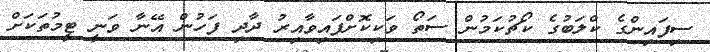
ސިފައިންގެ ކްލަބުގެ ކޯޗުކަމުން ސަތޯ ވަކިކޮށްފައިވާއިރު ދާދި ފަހުން އޭނާ ވަނީ ޓީމުތަކަށް